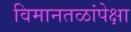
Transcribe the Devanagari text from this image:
विमानतळांपेक्षा